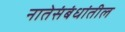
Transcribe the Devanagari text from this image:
नातेसंबंधांतील